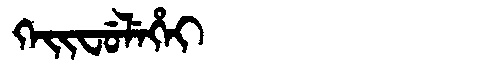
Manchu: ᡴᡝᡳᠸᡠᠯᡝᡥᡝᡳ
Romanization: KEIFULEHEI